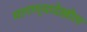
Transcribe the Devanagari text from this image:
मागण्यादेखील